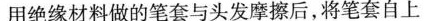
用绝缘材料做的笔套与头发摩擦后，将笔套自上